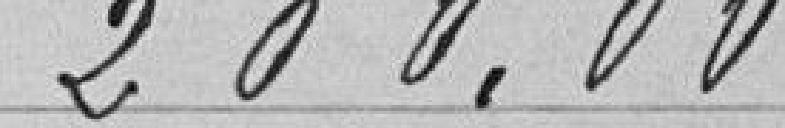
200.00